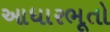
આધારભૂતો